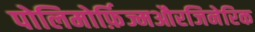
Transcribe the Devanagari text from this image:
पोलिमोर्फ़िज्मऔरजिनेरिक